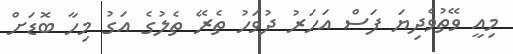
މިއީ ވޭތުވެދިޔަ ފަސް އަހަރު ދުވަހު ތެރޭ ތެލުގެ އަގު މިހާ ބޮޑަށް